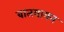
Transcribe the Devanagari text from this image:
बात्स्यायन